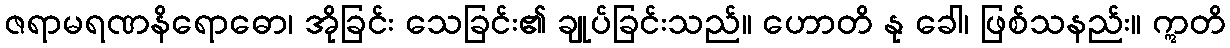
ဇရာမရဏနိရောဓော၊ အိုခြင်း သေခြင်း၏ ချုပ်ခြင်းသည်။ ဟောတိ နု ခေါ၊ ဖြစ်သနည်း။ ဣတိ